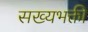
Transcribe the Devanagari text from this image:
सख्यभक्ती